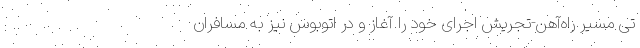
تی مسیر راه‌آهن-تجریش اجرای خود را آغاز و در اتوبوس نیز به مسافران